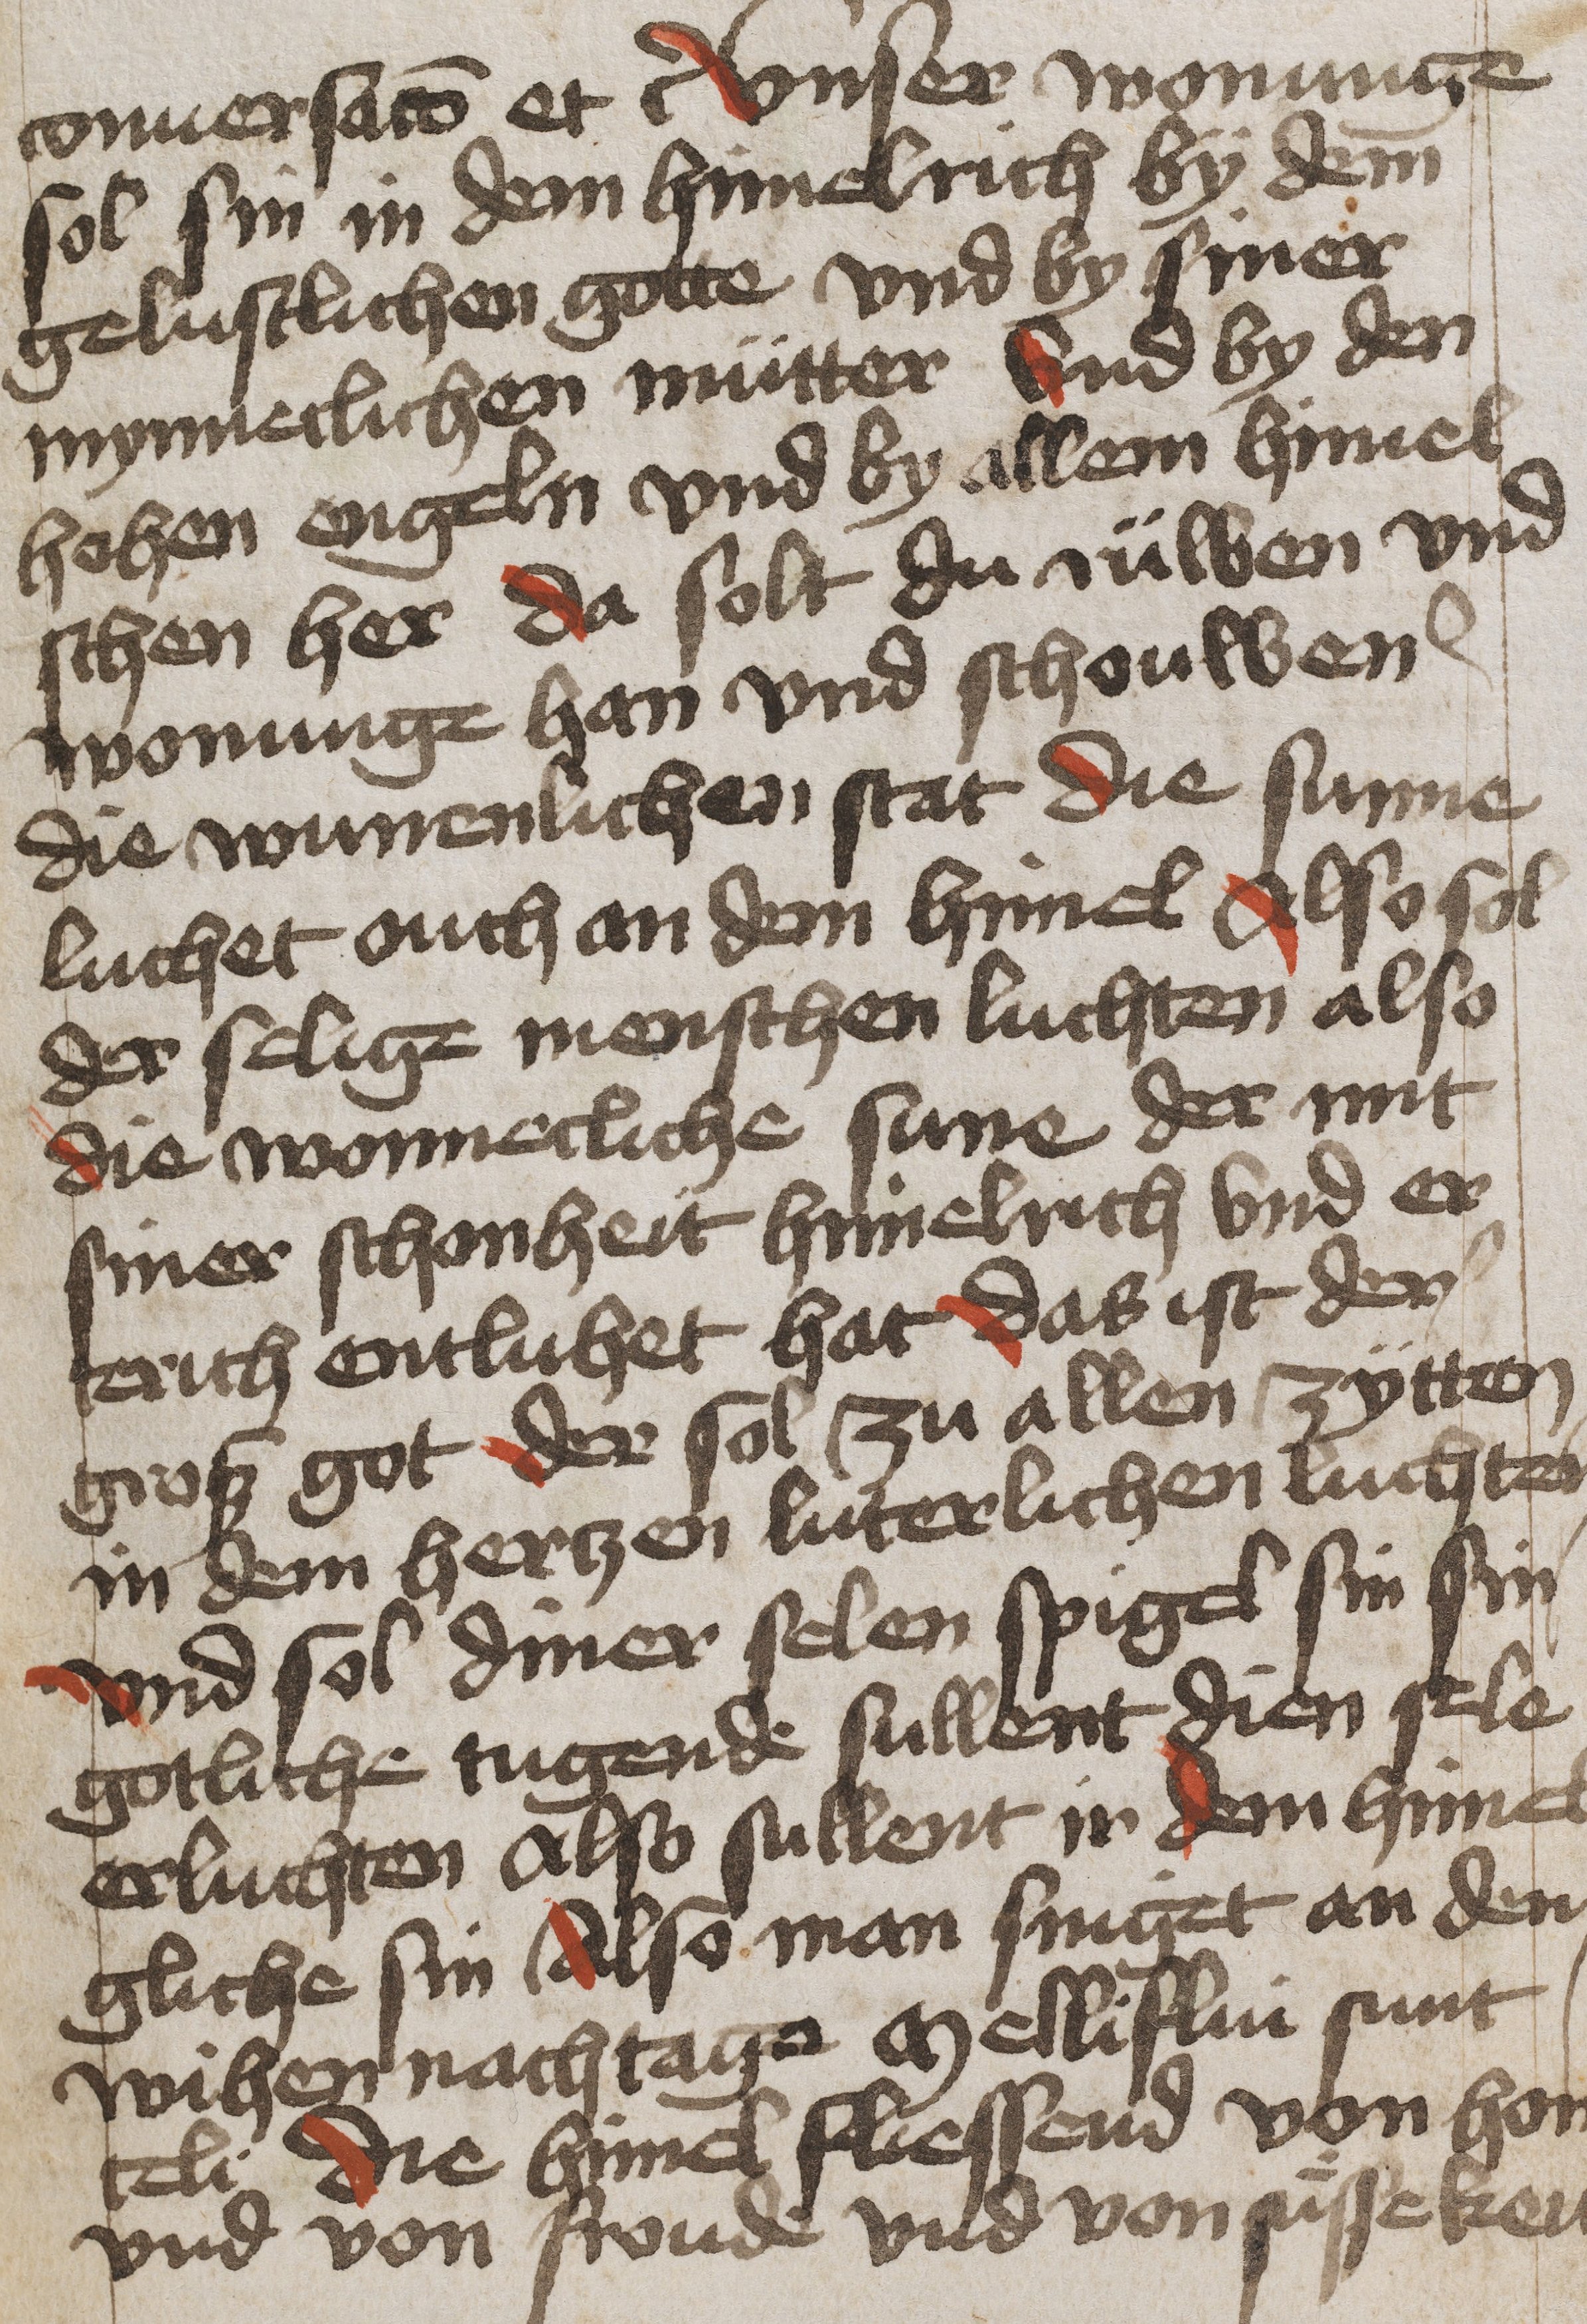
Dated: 1475–1499